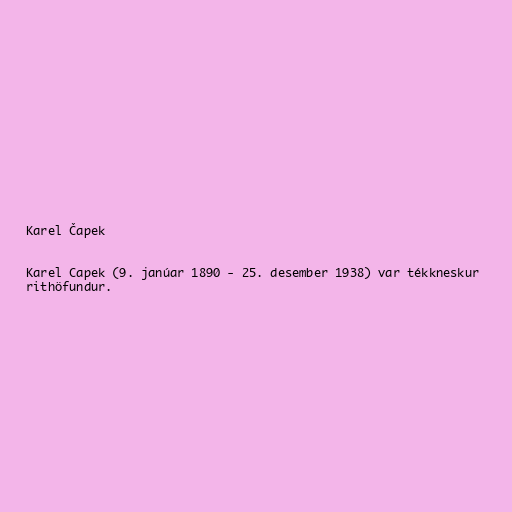
Karel Čapek

Karel Capek (9. janúar 1890 - 25. desember 1938) var tékkneskur
rithöfundur.